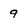
Character: 9